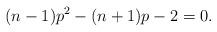
LaTeX: \begin{align*}(n-1)p^2-(n+1)p-2=0.\end{align*}